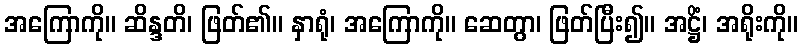
အကြောကို။ ဆိန္ဒတိ၊ ဖြတ်၏။ နှာရုံ၊ အကြောကို။ ဆေတွာ၊ ဖြတ်ပြီး၍။ အဋ္ဌိံ၊ အရိုးကို။